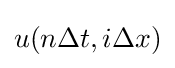
u(n\Delta {t},i\Delta {x})